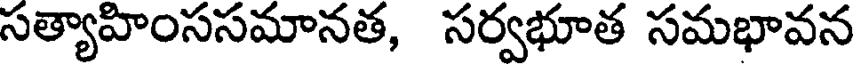
సత్యాహింససమానత, సర్వభూత సమభావన